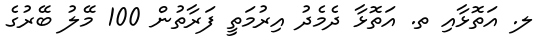
ލ. އަތޮޅާއި ތ. އަތޮޅާ ދެމެދު އިރުމަތީ ފަރާތުން 100 މޭލު ބޭރުގެ